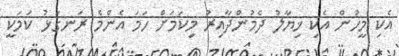
އެކި މީހުން އެކި ޚިޔާލު ދެމުންދާއިރު މިކަމަށް ހަމަ އެންމެ ރަނގަޅު ކަމަކީ